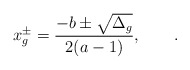
\begin{align*}x_g^\pm={-b\pm\sqrt{\Delta_g}\over 2(a-1)},\qquad.\end{align*}